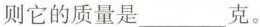
则它的质量是___克。